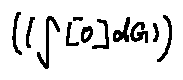
( ( \int [ o ] d G ) )